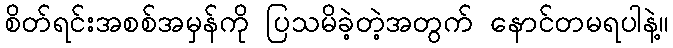
စိတ်ရင်းအစစ်အမှန်ကို ပြသမိခဲ့တဲ့အတွက် နောင်တမရပါနဲ့။